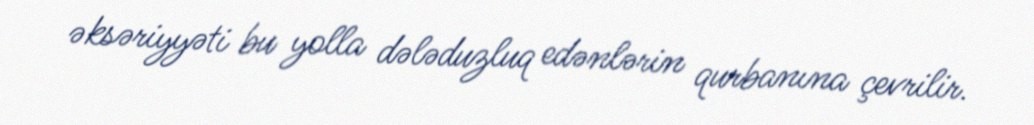
əksəriyyəti bu yolla dələduzluq edənlərin qurbanına çevrilir.